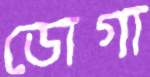
ডোগা